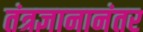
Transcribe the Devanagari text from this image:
तंत्रज्ञानानंतर